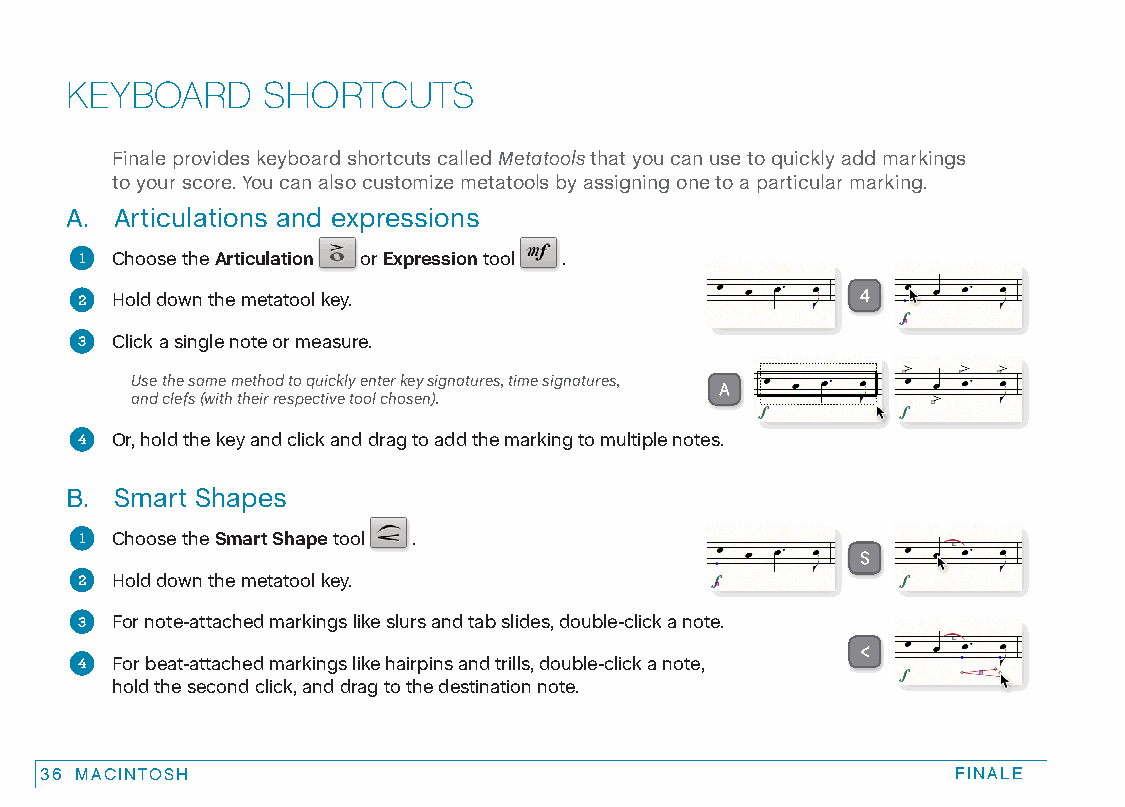
KEYBOARD     SHORTCUTS
 Finale provides keyboard shortcuts called Metatools that you can use to quickly add markings
 to your score. You can also customize metatools by assigning one to a particular marking.
 A.  Articulations and expressions
 1 Choose the Articulation or Expression tool .
 2 Hold down the metatool key.                       4
 3 Click a single note or measure.
 Use the same method to quickly enter key signatures, time signatures,
 A
 and clefs (with their respective tool chosen).
 4 Or, hold the key and click and drag to add the marking to multiple notes.
 B.  Smart Shapes
 1 Choose the Smart Shape tool .
 S
 2 Hold down the metatool key.
 3 For note-attached markings like slurs and tab slides, double-click a note.
 <
 4 For beat-attached markings like hairpins and trills, double-click a note,
 hold the second click, and drag to the destination note.
 36 MACINTOSH                                                FINALE